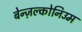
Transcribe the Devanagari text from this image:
बेन्ज़ल्कोनिउम